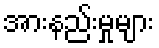
အားနည်းမှုများ